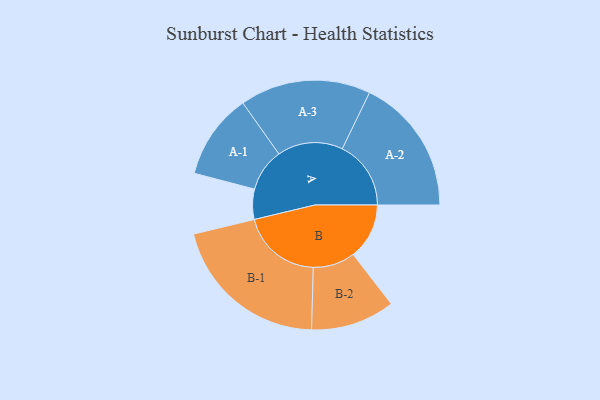
{"axis": {"x": "Segment", "y": "Value"}, "legend": ["", "A", "B"], "data": [{"x": "A", "y": 112, "type": ""}, {"x": "B", "y": 208, "type": ""}, {"x": "A-1", "y": 159, "type": "A"}, {"x": "A-2", "y": 255, "type": "A"}, {"x": "A-3", "y": 243, "type": "A"}, {"x": "B-1", "y": 298, "type": "B"}, {"x": "B-2", "y": 156, "type": "B"}]}